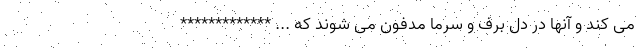
می کند و آنها در دل برف و سرما مدفون می شوند که ... *************